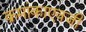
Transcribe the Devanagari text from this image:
क्रमांकाएवजी